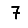
Digit: 7